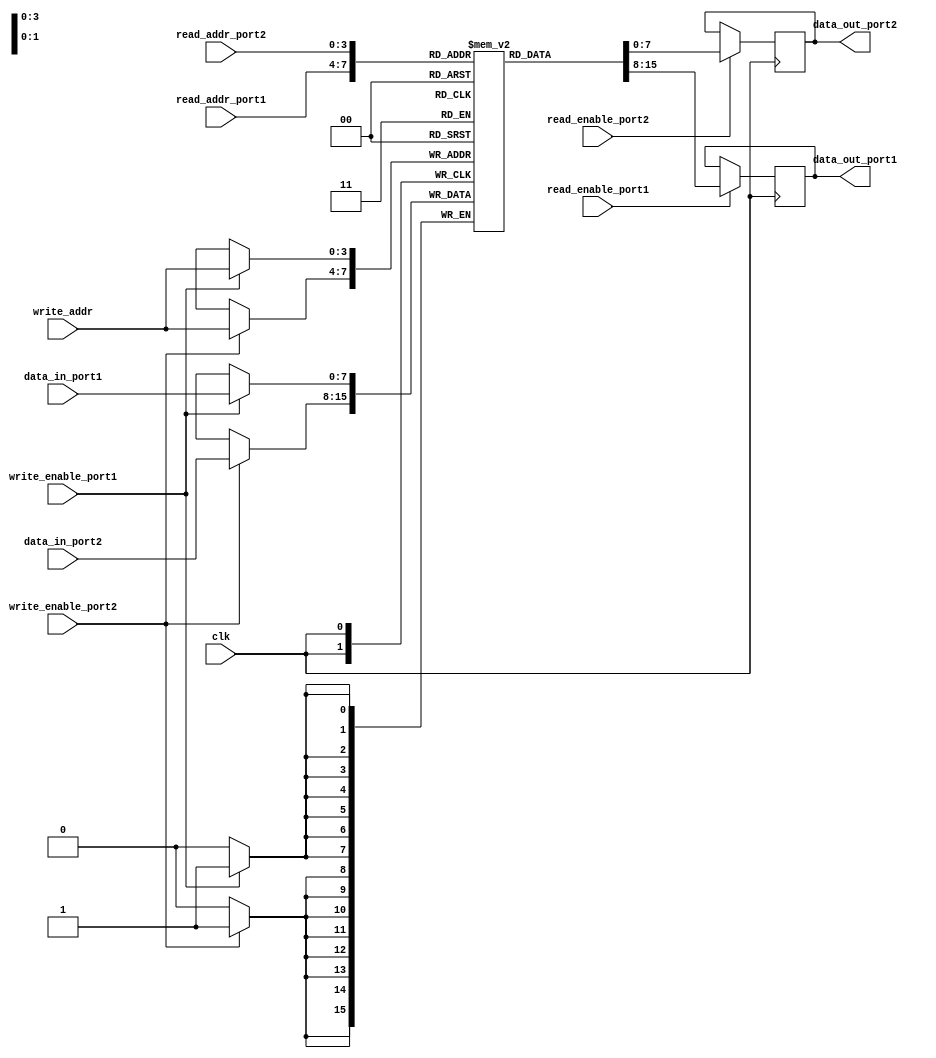
module Multiport_Register_FIle(
    input wire clk,
    input wire [3:0] read_addr_port1,
    input wire [3:0] read_addr_port2,
    input wire [3:0] write_addr,
    input wire [7:0] data_in_port1,
    input wire [7:0] data_in_port2,
    input wire write_enable_port1,
    input wire write_enable_port2,
    input wire read_enable_port1,
    input wire read_enable_port2,
    output reg [7:0] data_out_port1,
    output reg [7:0] data_out_port2
);

reg [7:0] memory_block [0:15];

always @(posedge clk) begin
    if (write_enable_port1) begin
        memory_block[write_addr] <= data_in_port1;
    end
    
    if (write_enable_port2) begin
        memory_block[write_addr] <= data_in_port2;
    end
    
    if (read_enable_port1) begin
        data_out_port1 <= memory_block[read_addr_port1];
    end
    
    if (read_enable_port2) begin
        data_out_port2 <= memory_block[read_addr_port2];
    end
end

endmodule